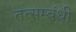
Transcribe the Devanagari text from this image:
तत्सम्बंधी